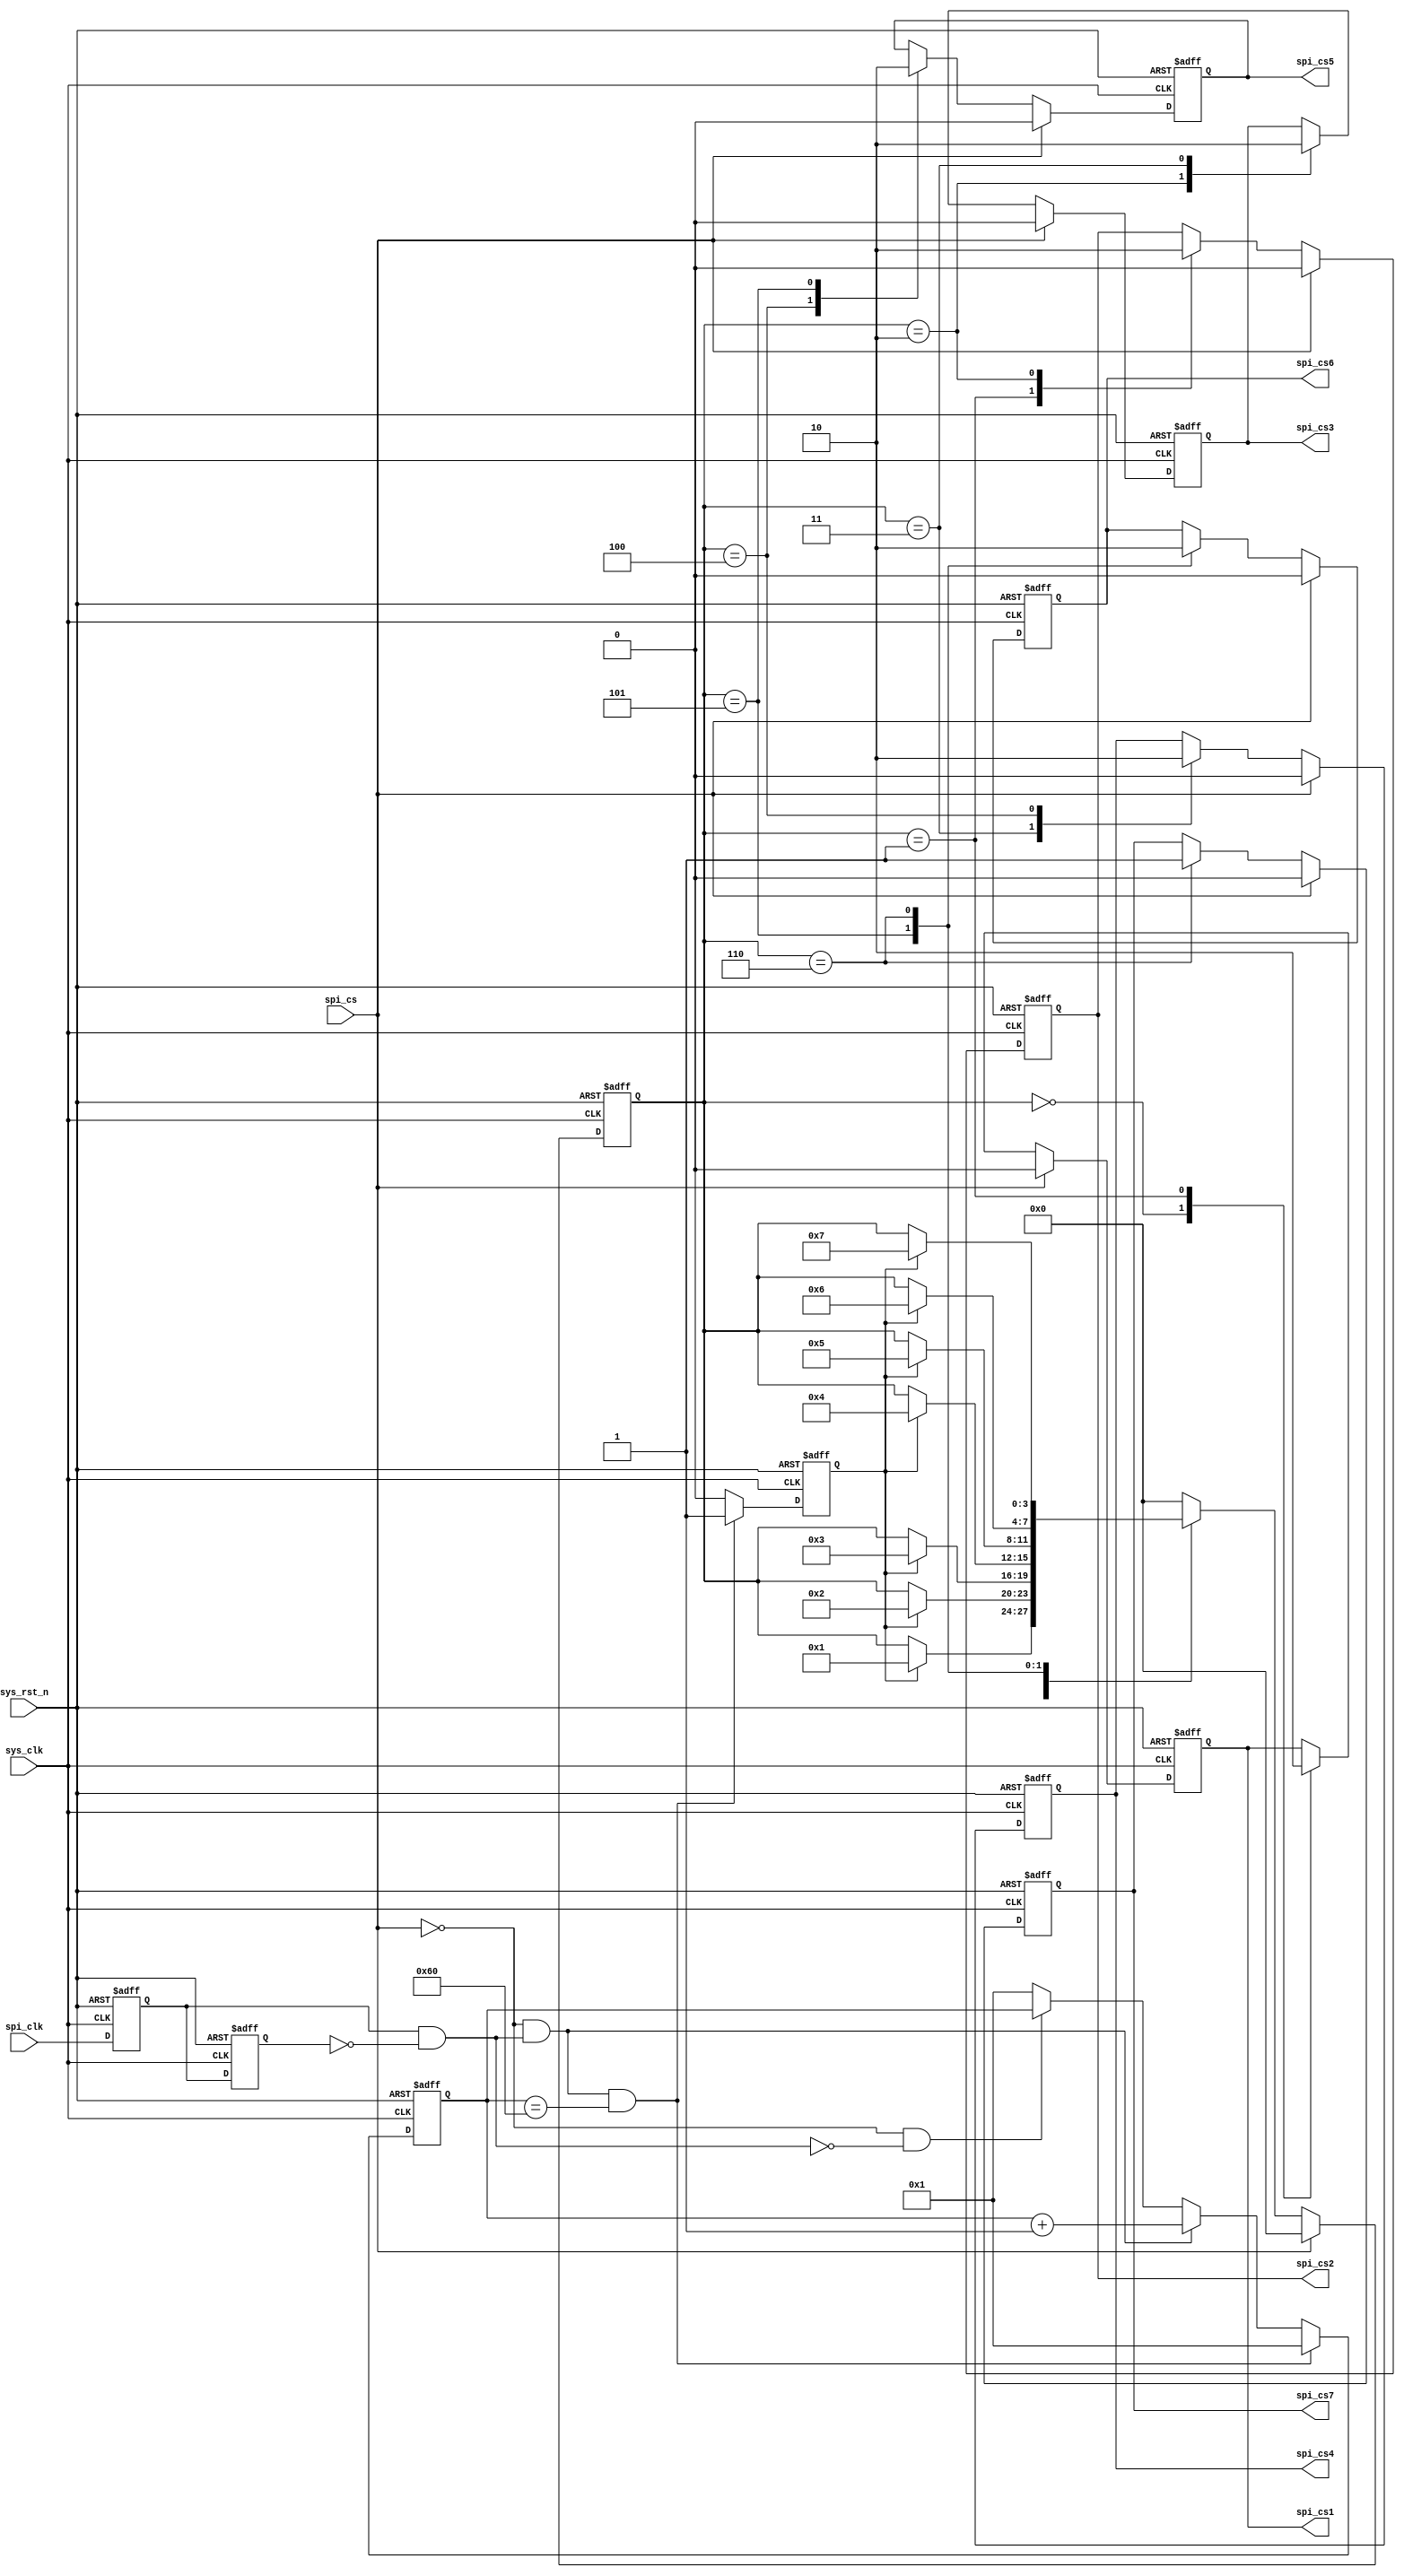
module detect(
input				sys_clk,
input				sys_rst_n,

input				spi_clk,
input				spi_cs,


output			spi_cs1,
output			spi_cs2,
output			spi_cs3,
output			spi_cs4,
output			spi_cs5,
output			spi_cs6,
output			spi_cs7

);

reg[7:0]		count;
reg[3:0]		CS_D;
reg			count_full_flag;

reg			spi_clk_r0;
reg			spi_clk_r1;
wire			spi_clk_r;

reg			flag_1;
reg			flag_2;
reg			flag_3;
reg			flag_4;				
reg			flag_5;
reg			flag_6;
reg			flag_7;

//##############################################################//
always@(posedge sys_clk or negedge sys_rst_n)
begin
	if(sys_rst_n==1'b0)
		begin
			spi_clk_r0<=1'b0;
			spi_clk_r1<=1'b0;
		end
	else
		begin
			spi_clk_r0<=spi_clk;
			spi_clk_r1<=spi_clk_r0;
		end
	
end

assign	spi_clk_r = spi_clk_r0 & !spi_clk_r1;
//##############################################################//
always@(posedge sys_clk or negedge sys_rst_n)
begin
	if(sys_rst_n==1'b0)
		begin
			count<=8'd1;
			count_full_flag<=1'b0;
		end
	else if(spi_cs==1'b0 & spi_clk_r==1'b1 & count==8'd96)
		begin
			count<=8'd1;
			count_full_flag<=1'b1;
		end
	else if(spi_cs==1'b0 & spi_clk_r==1'b1)
		begin
			count<=count+8'd1;
			count_full_flag<=1'b0;
		end
	else if(spi_cs==1'b0 & spi_clk_r==1'b0)
		begin
			count<=count;
			count_full_flag<=1'b0;
		end
	else
		begin
			count<=8'd1;
			count_full_flag<=1'b0;
		end
end


//##############################################################//
always@(posedge sys_clk or negedge sys_rst_n)
begin
	if(sys_rst_n==1'b0)
		begin
			CS_D<=4'h0;
			flag_1<=1'b0;
			flag_2<=1'b0;
			flag_3<=1'b0;
			flag_4<=1'b0;				
			flag_5<=1'b0;
			flag_6<=1'b0;
			flag_7<=1'b0;		
		end
	else if(spi_cs==1'b0)
		begin
			case(CS_D)
			4'h0:begin
						flag_1<=1'b1;
						if(count_full_flag==1'b1)
							begin
								CS_D<=4'h1;
							end
					end
			4'h1:begin
						flag_1<=1'b0;
						flag_2<=1'b1;
						if(count_full_flag==1'b1)
							begin
								CS_D<=4'h2;
							end
					end
			4'h2:begin
						flag_2<=1'b0;
						flag_3<=1'b1;
						if(count_full_flag==1'b1)
							begin
								CS_D<=4'h3;
							end
					end
			4'h3:begin
						flag_3<=1'b0;
						flag_4<=1'b1;
						if(count_full_flag==1'b1)
							begin
								CS_D<=4'h4;
							end
					end
			4'h4:begin
						flag_4<=1'b0;
						flag_5<=1'b1;
						if(count_full_flag==1'b1)
							begin
								CS_D<=4'h5;
							end
					end
			4'h5:begin
						flag_5<=1'b0;
						flag_6<=1'b1;
						if(count_full_flag==1'b1)
							begin
								CS_D<=4'h6;
							end
					end
			4'h6:begin
						flag_6<=1'b0;
						flag_7<=1'b1;
						if(count_full_flag==1'b1)
							begin
								CS_D<=4'h7;
							end
					end
			4'h7:begin
						CS_D<=4'h0;
					end
					
			default:CS_D<=4'h0;
			endcase
		end
	else
		begin
			CS_D<=4'h0;
			flag_1<=1'b0;
			flag_2<=1'b0;
			flag_3<=1'b0;
			flag_4<=1'b0;				
			flag_5<=1'b0;
			flag_6<=1'b0;
			flag_7<=1'b0;	
		end	
end
//##############################################################//
assign			spi_cs1=flag_1;
assign			spi_cs2=flag_2;
assign			spi_cs3=flag_3;
assign			spi_cs4=flag_4;
assign			spi_cs5=flag_5;
assign			spi_cs6=flag_6;
assign			spi_cs7=flag_7;

//##############################################################//

endmodule